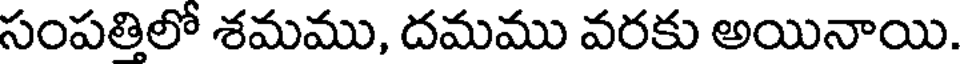
సంపతిలో శమము, దమము వరకు అయినాయి.